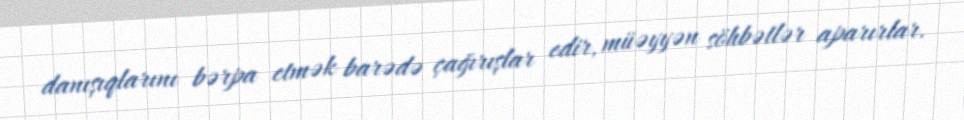
danışıqlarını bərpa etmək barədə çağırışlar edir, müəyyən söhbətlər aparırlar.